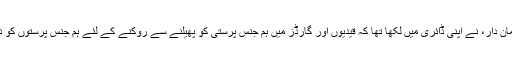
روڈولف ہوئس، آشوٹز کیمپ کے کمان دار، نے اپنی ڈائری میں لکھا تھا کہ قیدیوں اور گارڈز میں ہم جنس پرستی کو پھیلنے سے روکنے کے لئے ہم جنس پرستوں کو دیگر قیدیوں سے الگ رکھا جاتا تھا۔